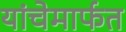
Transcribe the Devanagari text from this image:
यांचेमार्फत